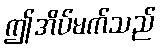
ဤအိပ်မက်သည်